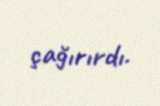
çağırırdı.